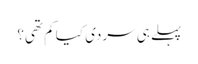
پہلے ہی سردی کیا کم تھی؟